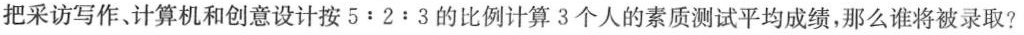
把采访写作、计算机和创意设计按$$5:2:3$$的比例计算3个人的素质测试平均成绩，那么谁将被录取?